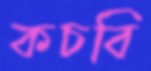
কচবি